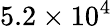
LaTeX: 5.2\times 10^{4}